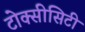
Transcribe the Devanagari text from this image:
टोक्सीसिटी